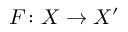
F \colon X \to X ^ { \prime }